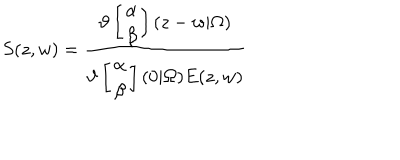
S ( z , w ) = \frac { \vartheta \left[ \begin{array} { c } { { \alpha } } \\ { { \beta } } \\ \end{array} \right] ( z - w | \Omega ) } { \vartheta \left[ \begin{array} { c } { { \alpha } } \\ { { \beta } } \\ \end{array} \right] ( 0 | \Omega ) E ( z , w ) }